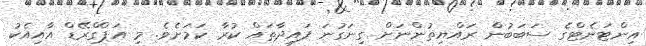
އިންޓަނެޓްގެ ސަބަބުން ރައްޔިތުންނަށް ގިނަގުނަ ފައިދާތައް ކުރާ ކަމަށެވެ. މި އަޕްގްރޭޑް އާއިއެކު